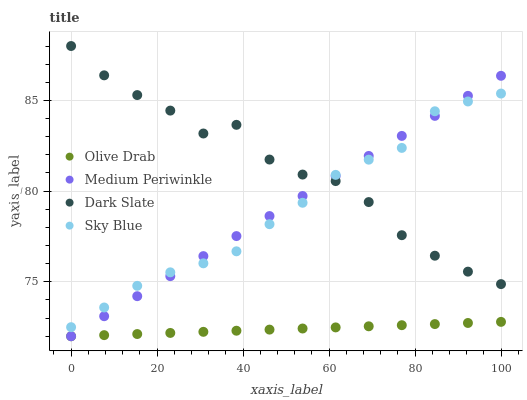
| xaxis_label | Olive Drab | Medium Periwinkle | Dark Slate | Sky Blue |
 | --- | --- | --- | --- | --- |
 | 0 | 72 | 72 | 88 | 72.5 |
 | 7.69 | 72.1 | 73.1 | 86.4 | 73.6 |
 | 15.4 | 72.1 | 74.2 | 85.3 | 74.8 |
 | 23.1 | 72.2 | 75.3 | 84.4 | 75.5 |
 | 30.8 | 72.2 | 76.4 | 83.2 | 76 |
 | 38.5 | 72.3 | 77.5 | 83.7 | 76.7 |
 | 46.2 | 72.4 | 78.6 | 81.7 | 78.2 |
 | 53.8 | 72.4 | 79.7 | 80.9 | 79.4 |
 | 61.5 | 72.5 | 80.8 | 80.6 | 80.9 |
 | 69.2 | 72.5 | 81.9 | 79.4 | 81.7 |
 | 76.9 | 72.6 | 83 | 77.6 | 82.4 |
 | 84.6 | 72.7 | 84.1 | 76.4 | 84.4 |
 | 92.3 | 72.7 | 85.3 | 75.6 | 84.9 |
 | 100 | 72.8 | 86.4 | 74.9 | 85.4 |